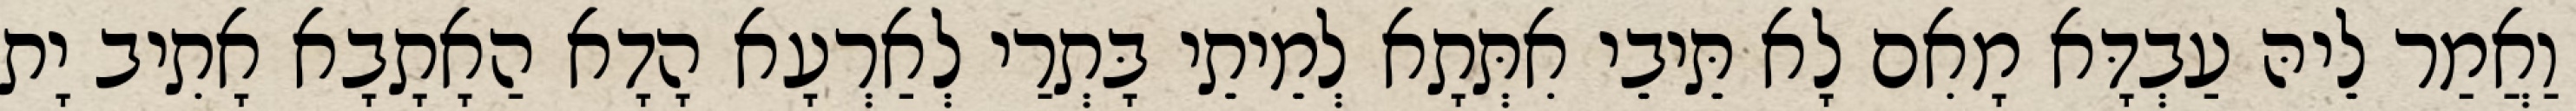
וַאֲמַר לֵיהּ עַבְדָּא מָאִם לָא תֵּיבֵי אִתְּתָא לְמֵיתֵי בָּתְרַי לְאַרְעָא הָדָא הַאָתָבָא אָתִיב יָת